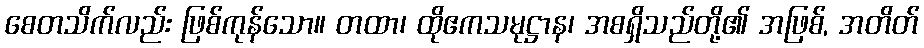
စေတသိက်လည်း ဖြစ်ကုန်သော။ တထာ၊ ထိုဧကသမုဋ္ဌာန၊ အစရှိသည်တို့၏ အဖြစ်, အတိတ်